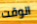
الوقت